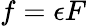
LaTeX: f=\epsilon F